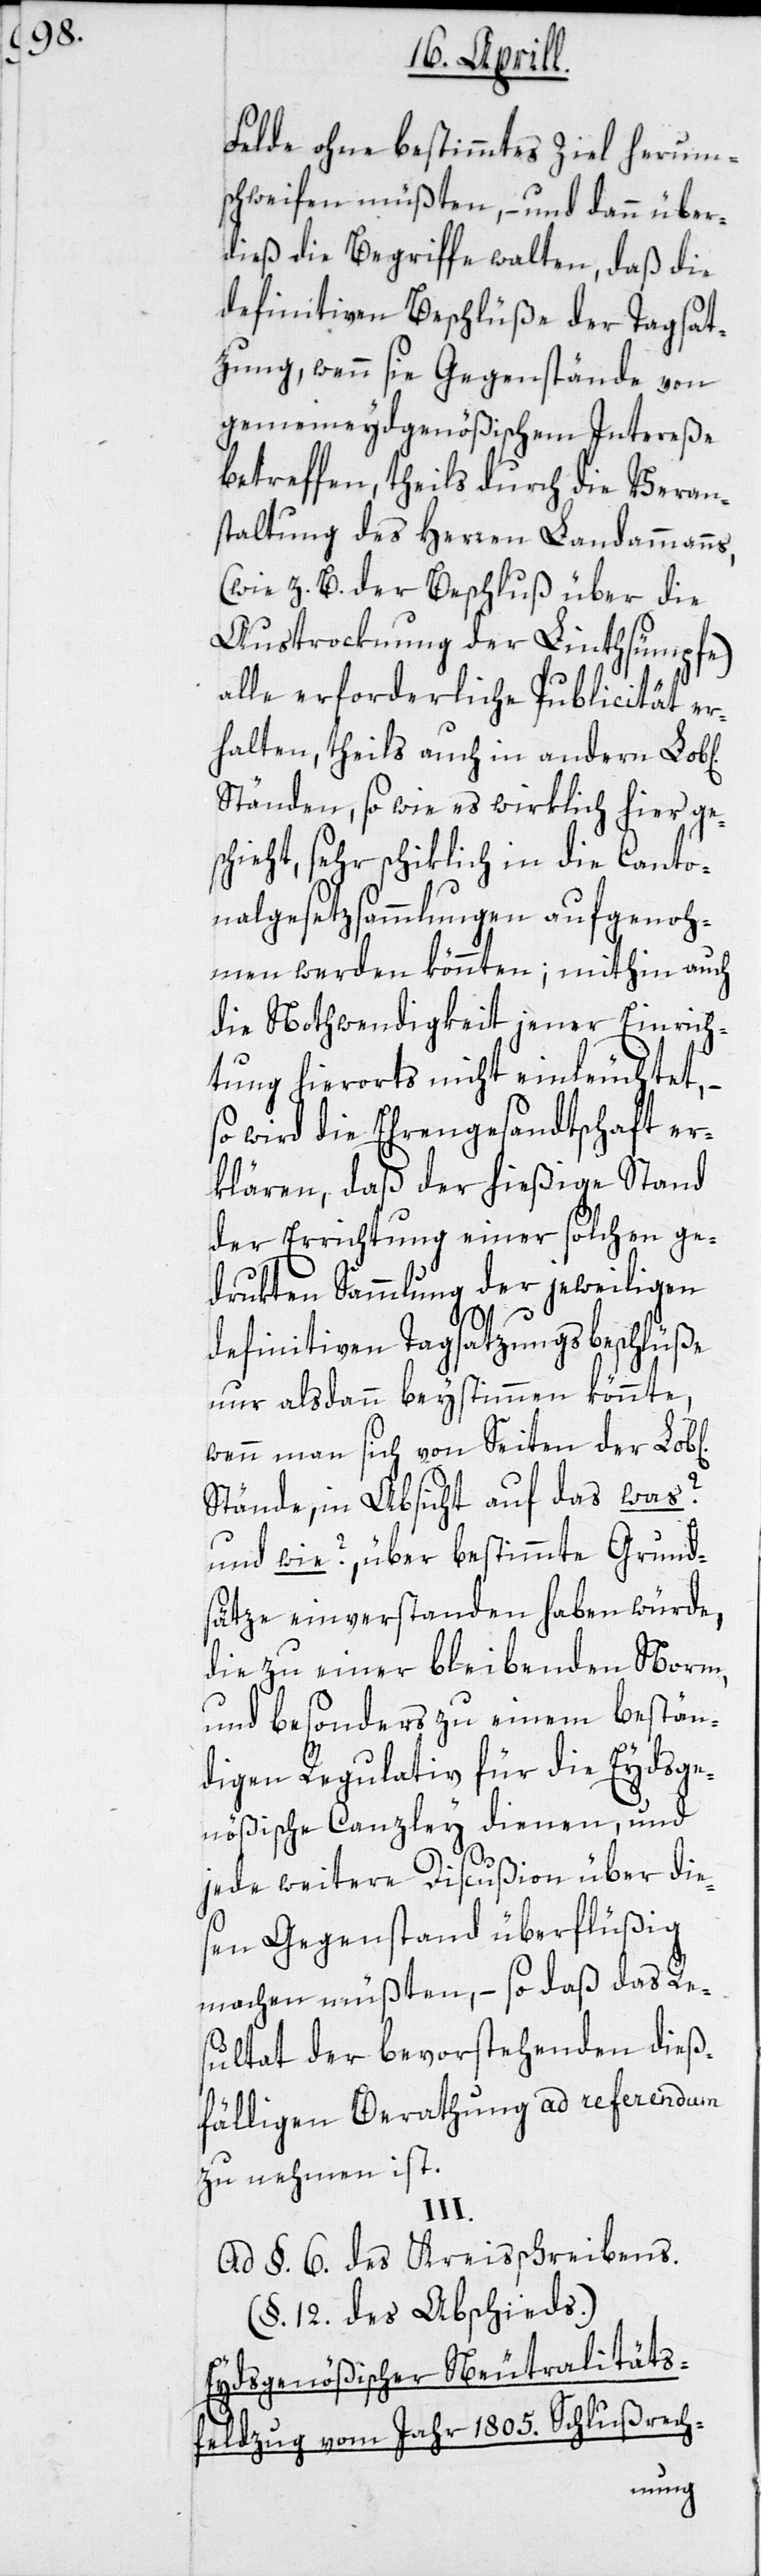
Felde ohne bestimmtes Ziel herum¬
schweifen müßten, – und dann über¬
dieß die Begriffe walten, daß die
definitiven Beschlüße der Tagsat¬
zung, wenn sie Gegenstände von
gemeineydgenößischem Intereße
betreffen, theils durch die Veran¬
staltung des Herren Landammanns,
(wie z. B. der Beschluß über die
Austrocknung der Linthsümpfe)
alle erforderliche Publicität er¬
halten, theils auch in andern Lob[l¬
Ständen, so wie es wirklich hier ge¬
schieht, sehr schiklich in die Canto¬
nalgesetzsammlungen aufgenoh¬
men werden könnten; mithin auch
die Nothwendigkeit jener Einrich¬
tung hierorts nicht einleuchtet, –
so wird die Ehrengesandtschaft er¬
klären, daß der hießige Stand
der Errichtung einer solchen ge¬
drukten Sammlung der jeweiligen
definitiven Tagsatzungsbeschlüße
nur alsdann beystimmen könnte,
wenn man sich von Seiten der Lob[l¬
Stände, in Absicht auf das was?
und wie?, über bestimmte Grund¬
sätze einverstanden haben würde,
die zu einer bleibenden Norm,
und besonders zu einem bestän¬
digen Regulativ für die Eydsge¬
nößische Canzley dienen, und
jede weitere Discußion über die¬
sen Gegenstand überflüßig
machen müßten, – so daß das Re¬
sultat der bevorstehenden dieß¬
fälligen Berathung ad referendum
zu nehmen ist.
III.
Ad §. 6. des Kreisschreibens.
(§. 12. des Abschieds.)
Eydsgenößischer Neutralitäts¬
feldzug vom Jahr 1805. Schlußrech-
ichen]